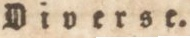
Diverse.